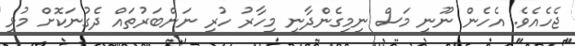
ޖެހެއެވެ. އެހެން ނޫނީ މަސް ނިމިގެންދާނީ މިހާރު ހުރި ނަންބަރުތައް ދެގުނަކޮށް މުޅި